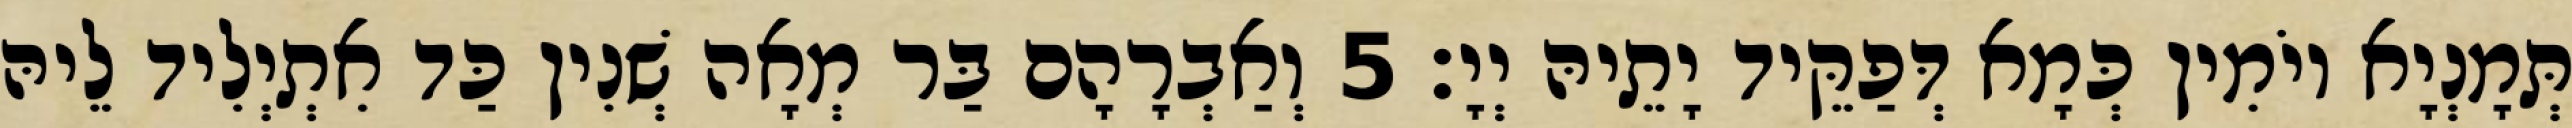
תְּמָנְיָא יוֹמִין כְּמָא דְּפַקֵּיד יָתֵיהּ יְיָ׃ 5 וְאַבְרָהָם בַּר מְאָה שְׁנִין כַּד אִתְיְלִיד לֵיהּ